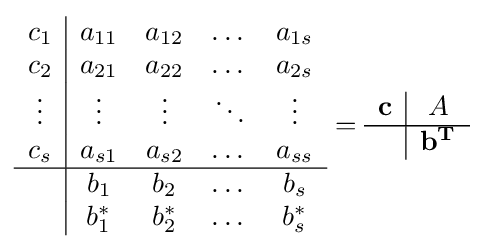
{\begin{array}{c|cccc}c_{1}&a_{11}&a_{12}&\dots &a_{1s}\\c_{2}&a_{21}&a_{22}&\dots &a_{2s}\\\vdots &\vdots &\vdots &\ddots &\vdots \\c_{s}&a_{s1}&a_{s2}&\dots &a_{ss}\\\hline &b_{1}&b_{2}&\dots &b_{s}\\&b_{1}^{*}&b_{2}^{*}&\dots &b_{s}^{*}\\\end{array}}={\begin{array}{c|c}\mathbf {c} &A\\\hline &\mathbf {b^{T}} \\\end{array}}